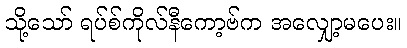
သို့သော် ရပ်စ်ကိုလ်နီကော့ဗ်က အလျှော့မပေး။